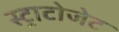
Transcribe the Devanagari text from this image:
स्ट्राटोजेट